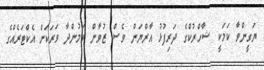
ޔަގީންވާ ކަމަކީ ޝާހްރުކްގެ ދަރިފުޅު އާރްޔަން ވެސް ޒުވާން ވަމުންދާ ވަރަކަށް އެކްޓަރެއްގެ